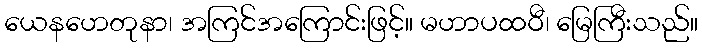
ယေနဟေတုနာ၊ အကြင်အကြောင်းဖြင့်။ မဟာပထဝီ၊ မြေကြီးသည်။